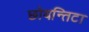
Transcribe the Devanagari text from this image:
छोयन्तिटा